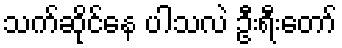
သက်ဆိုင်နေ ပါသလဲ ဦးရီးတော်